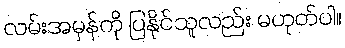
လမ်းအမှန်ကို ပြနိုင်သူလည်း မဟုတ်ပါ။